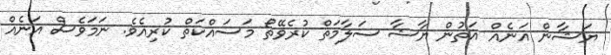
ޔަޝާން އަނެއް އަތުން ޔާޝާ ސަލާމަތް ކުރެވޭތޯ މަސައްކަތް ކުރިއެވެ. ނަމަވެސް އަނެއް